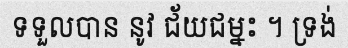
ទទួលបាន នូវ ជ័យជម្នះ ។ ទ្រង់